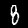
Digit: 8